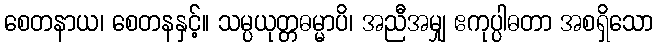
စေတနာယ၊ စေတနနှင့်။ သမ္ပယုတ္တဓမ္မာပိ၊ အညီအမျှ ဧကုပ္ပါဓတာ အစရှိသော